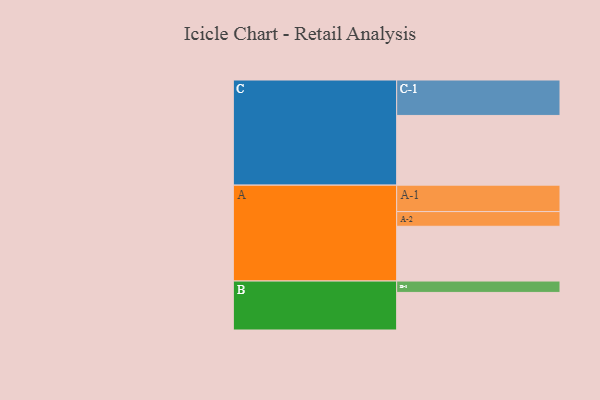
{"axis": {"x": "Segment", "y": "Value"}, "legend": ["", "A", "B", "C"], "data": [{"x": "A", "y": 462, "type": ""}, {"x": "B", "y": 317, "type": ""}, {"x": "C", "y": 588, "type": ""}, {"x": "A-1", "y": 223, "type": "A"}, {"x": "A-2", "y": 124, "type": "A"}, {"x": "B-1", "y": 96, "type": "B"}, {"x": "C-1", "y": 299, "type": "C"}]}